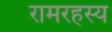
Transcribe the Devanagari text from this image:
रामरहस्य